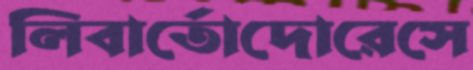
লিবার্তোদোরেসে